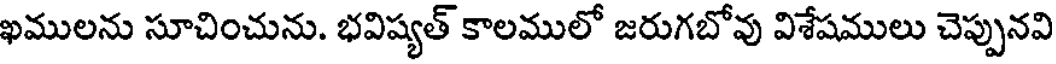
ఖములను సూచించును. భవిష్యత్ కాలములో జరుగబోవు విశేషములు చెప్పునవి